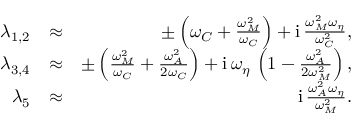
\begin{array} { r l r } { \lambda _ { 1 , 2 } } & { \approx } & { \pm \left( \omega _ { C } + \frac { \omega _ { M } ^ { 2 } } { \omega _ { C } } \right) + \mathrm { i } \, \frac { \omega _ { M } ^ { 2 } \omega _ { \eta } } { \omega _ { C } ^ { 2 } } , } \\ { \lambda _ { 3 , 4 } } & { \approx } & { \pm \left( \frac { \omega _ { M } ^ { 2 } } { \omega _ { C } } + \frac { \omega _ { A } ^ { 2 } } { 2 \omega _ { C } } \right) + \mathrm { i } \, \omega _ { \eta } \, \left( 1 - \frac { \omega _ { A } ^ { 2 } } { 2 \omega _ { M } ^ { 2 } } \right) , } \\ { \lambda _ { 5 } } & { \approx } & { \mathrm { i } \, \frac { \omega _ { A } ^ { 2 } \omega _ { \eta } } { \omega _ { M } ^ { 2 } } . } \end{array}